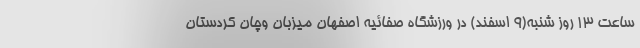
ساعت ۱۳ روز شنبه(۹ اسفند) در ورزشگاه صفائیه اصفهان میزبان وچان کردستان